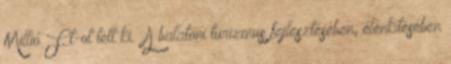
Millió Ft-ot tett ki. „A balatoni turizmus fejlesztésében, élénkítésében